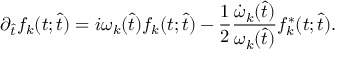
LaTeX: \partial _ { \hat { t } } f _ { k } ( t ; \hat { t } ) = i \omega _ { k } ( \hat { t } ) f _ { k } ( t ; \hat { t } ) - \frac { 1 } { 2 } \frac { \dot { \omega } _ { k } ( \hat { t } ) } { \omega _ { k } ( \hat { t } ) } f _ { k } ^ { * } ( t ; \hat { t } ) .